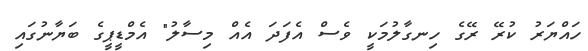
ހައްޔަރު ކުރޭ ރޭގެ ހިނގާލުމަކީ ވެސް އެފަދަ އެއް މިސާލު" އެމްޑީޕީގެ ބަޔާނުގައި